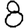
Digit: 8